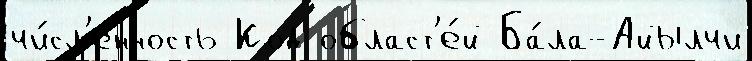
чи́сл'енность Код област'е́й Ба́ла-Айылчи